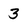
Character: 3